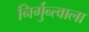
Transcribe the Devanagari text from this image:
निर्गुन्त्वाला